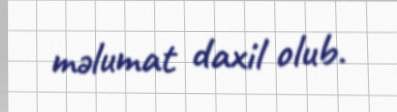
məlumat daxil olub.